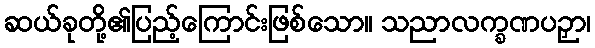
ဆယ်ခုတို့၏ပြည့်ကြောင်းဖြစ်သော။ သညာလက္ခဏပဉှာ၊